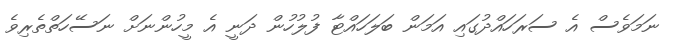
ނަމަވެސް އެ ސަރަހައްދުގައި އަމަން ބަލަހައްޓާ ފުލުހުން ދަނީ އެ މީހުންނަށް ނަސޭހަތްތެރިވެ